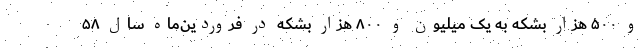
و ۵۰۰ هزار بشکه به یک میلیون و ۸۰۰ هزار بشکه در فروردین‌ماه سال ۵۸